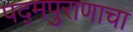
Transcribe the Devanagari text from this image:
पद्‌मपुराणाचा